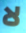
لا